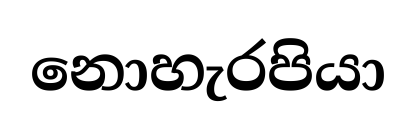
නොහැරපියා